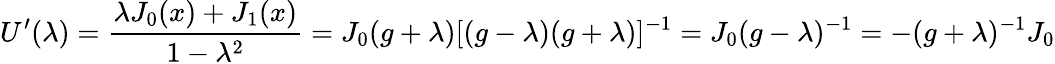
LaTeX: U^{\prime}(\lambda)=\frac{\lambda J_{0}(x)+J_{1}(x)}{1-{\lambda}^{2}}=J_{0}(g+\lambda)[(g-\lambda)(g+\lambda)]^{-1}=J_{0}(g-\lambda)^{-1}=-(g+\lambda)^{-1}J_{0}